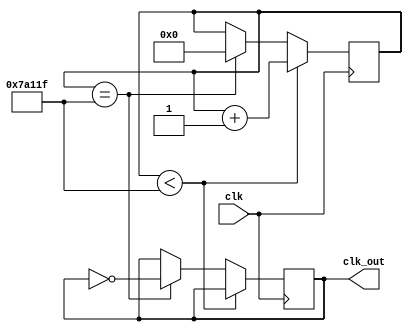
module clk_divide(clk,clk_out);
	
	input clk;
	output reg clk_out;
	reg[18:0] cnt;
	
	initial begin
		cnt <= 19'd0;
		clk_out <= 1'b1;
	end
	
	always@(posedge clk)begin
		if(cnt < 19'd499_999)
			cnt = cnt + 1;
		else if(cnt == 19'd499_999)begin
			clk_out = ~clk_out;
			cnt = 19'b0;
		end
	end
	
endmodule